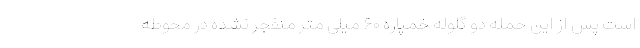
است پس از این حمله دو گلوله خمپاره ۶۰ میلی متر منفجر نشده در محوطه